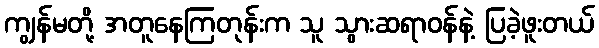
ကျွန်မတို့ အတူနေကြတုန်းက သူ သွားဆရာဝန်နဲ့ ပြခဲ့ဖူးတယ်